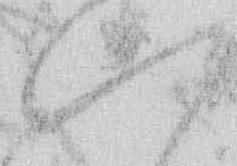
い